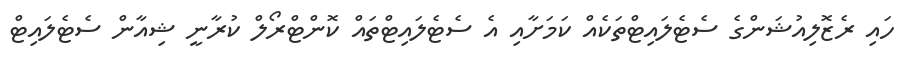
ހައި ރެޒޮލިއުޝަންގެ ސެޓެލައިޓްތަކެއް ކަމަށާއި އެ ސެޓެލައިޓްތައް ކޮންޓްރޯލް ކުރާނީ ޝިއާން ސެޓެލައިޓް